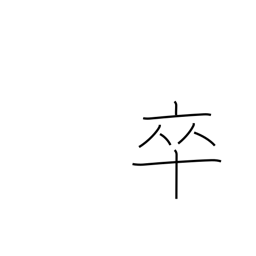
Meaning: private